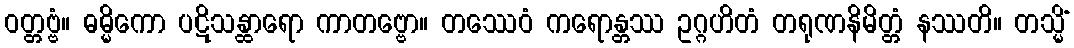
ဝတ္တဗ္ဗံ။ ဓမ္မိကော ပဋိသန္ထာရော ကာတဗ္ဗော။ တဿေဝံ ကရောန္တဿ ဥဂ္ဂဟိတံ တရုဏနိမိတ္တံ နဿတိ။ တသ္မိံ